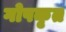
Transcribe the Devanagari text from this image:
गोपकृत